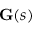
\mathbf { G } ( s )